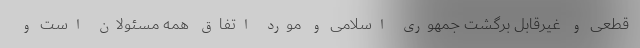
قطعی و غیرقابل برگشت جمهوری اسلامی و مورد اتفاق همه مسئولان است و